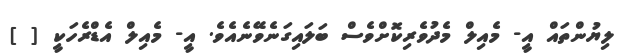
ލިޔުންތައް އީ- މެއިލް މެދުވެރިކޮށްވެސް ބަލައިގަނެވޭނެއެވެ. އީ- މެއިލް އެޑްރެހަކީ [ ]